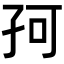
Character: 𡥚